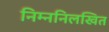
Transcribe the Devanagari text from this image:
निम्ननिलखित